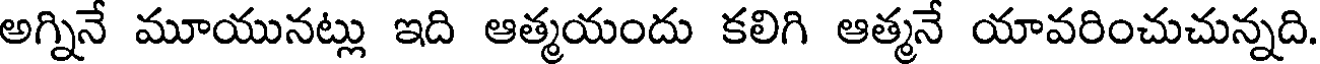
అగ్నినే మూయునట్లు ఇది ఆత్మయందు కలిగి ఆత్మనే యావరించుచున్నది